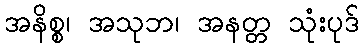
အနိစ္စ၊ အသုဘ၊ အနတ္တ သုံးပုဒ်